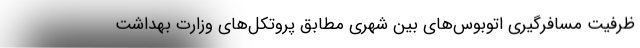
ظرفیت مسافرگیری اتوبوس‌های بین شهری مطابق پروتکل‌های وزارت بهداشت